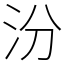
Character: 汾